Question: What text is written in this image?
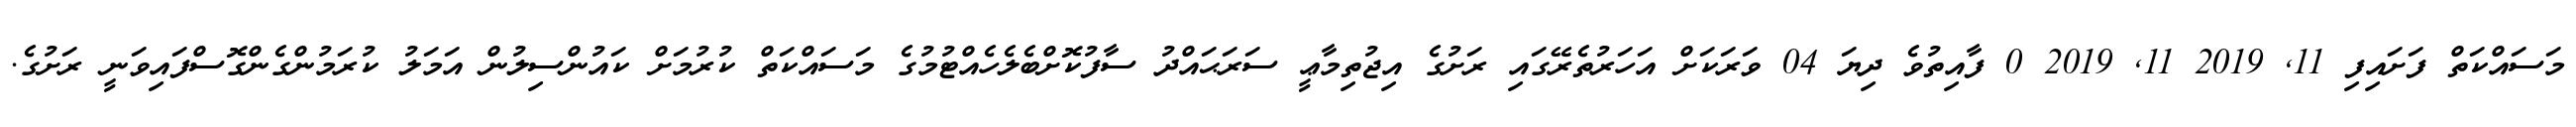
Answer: މަސައްކަތް ފަށައިފި 11, 2019 11, 2019 0 ފާއިތުވެ ދިޔަ 04 ވަރަކަށް އަހަރުތެރޭގައި ރަށުގެ އިޖުތިމާޢީ ސަރަޙައްދު ސާފުކޮށްބެލެހެއްޓުމުގެ މަސައްކަތް ކުރުމަށް ކައުންސިލުން އަމަލު ކުރަމުންގެންގޮސްފައިވަނީ ރަށުގެ.